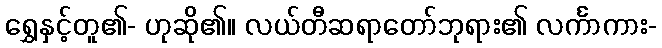
ရွှေနှင့်တူ၏- ဟုဆို၏။ လယ်တီဆရာတော်ဘုရား၏ လင်္ကာကား-